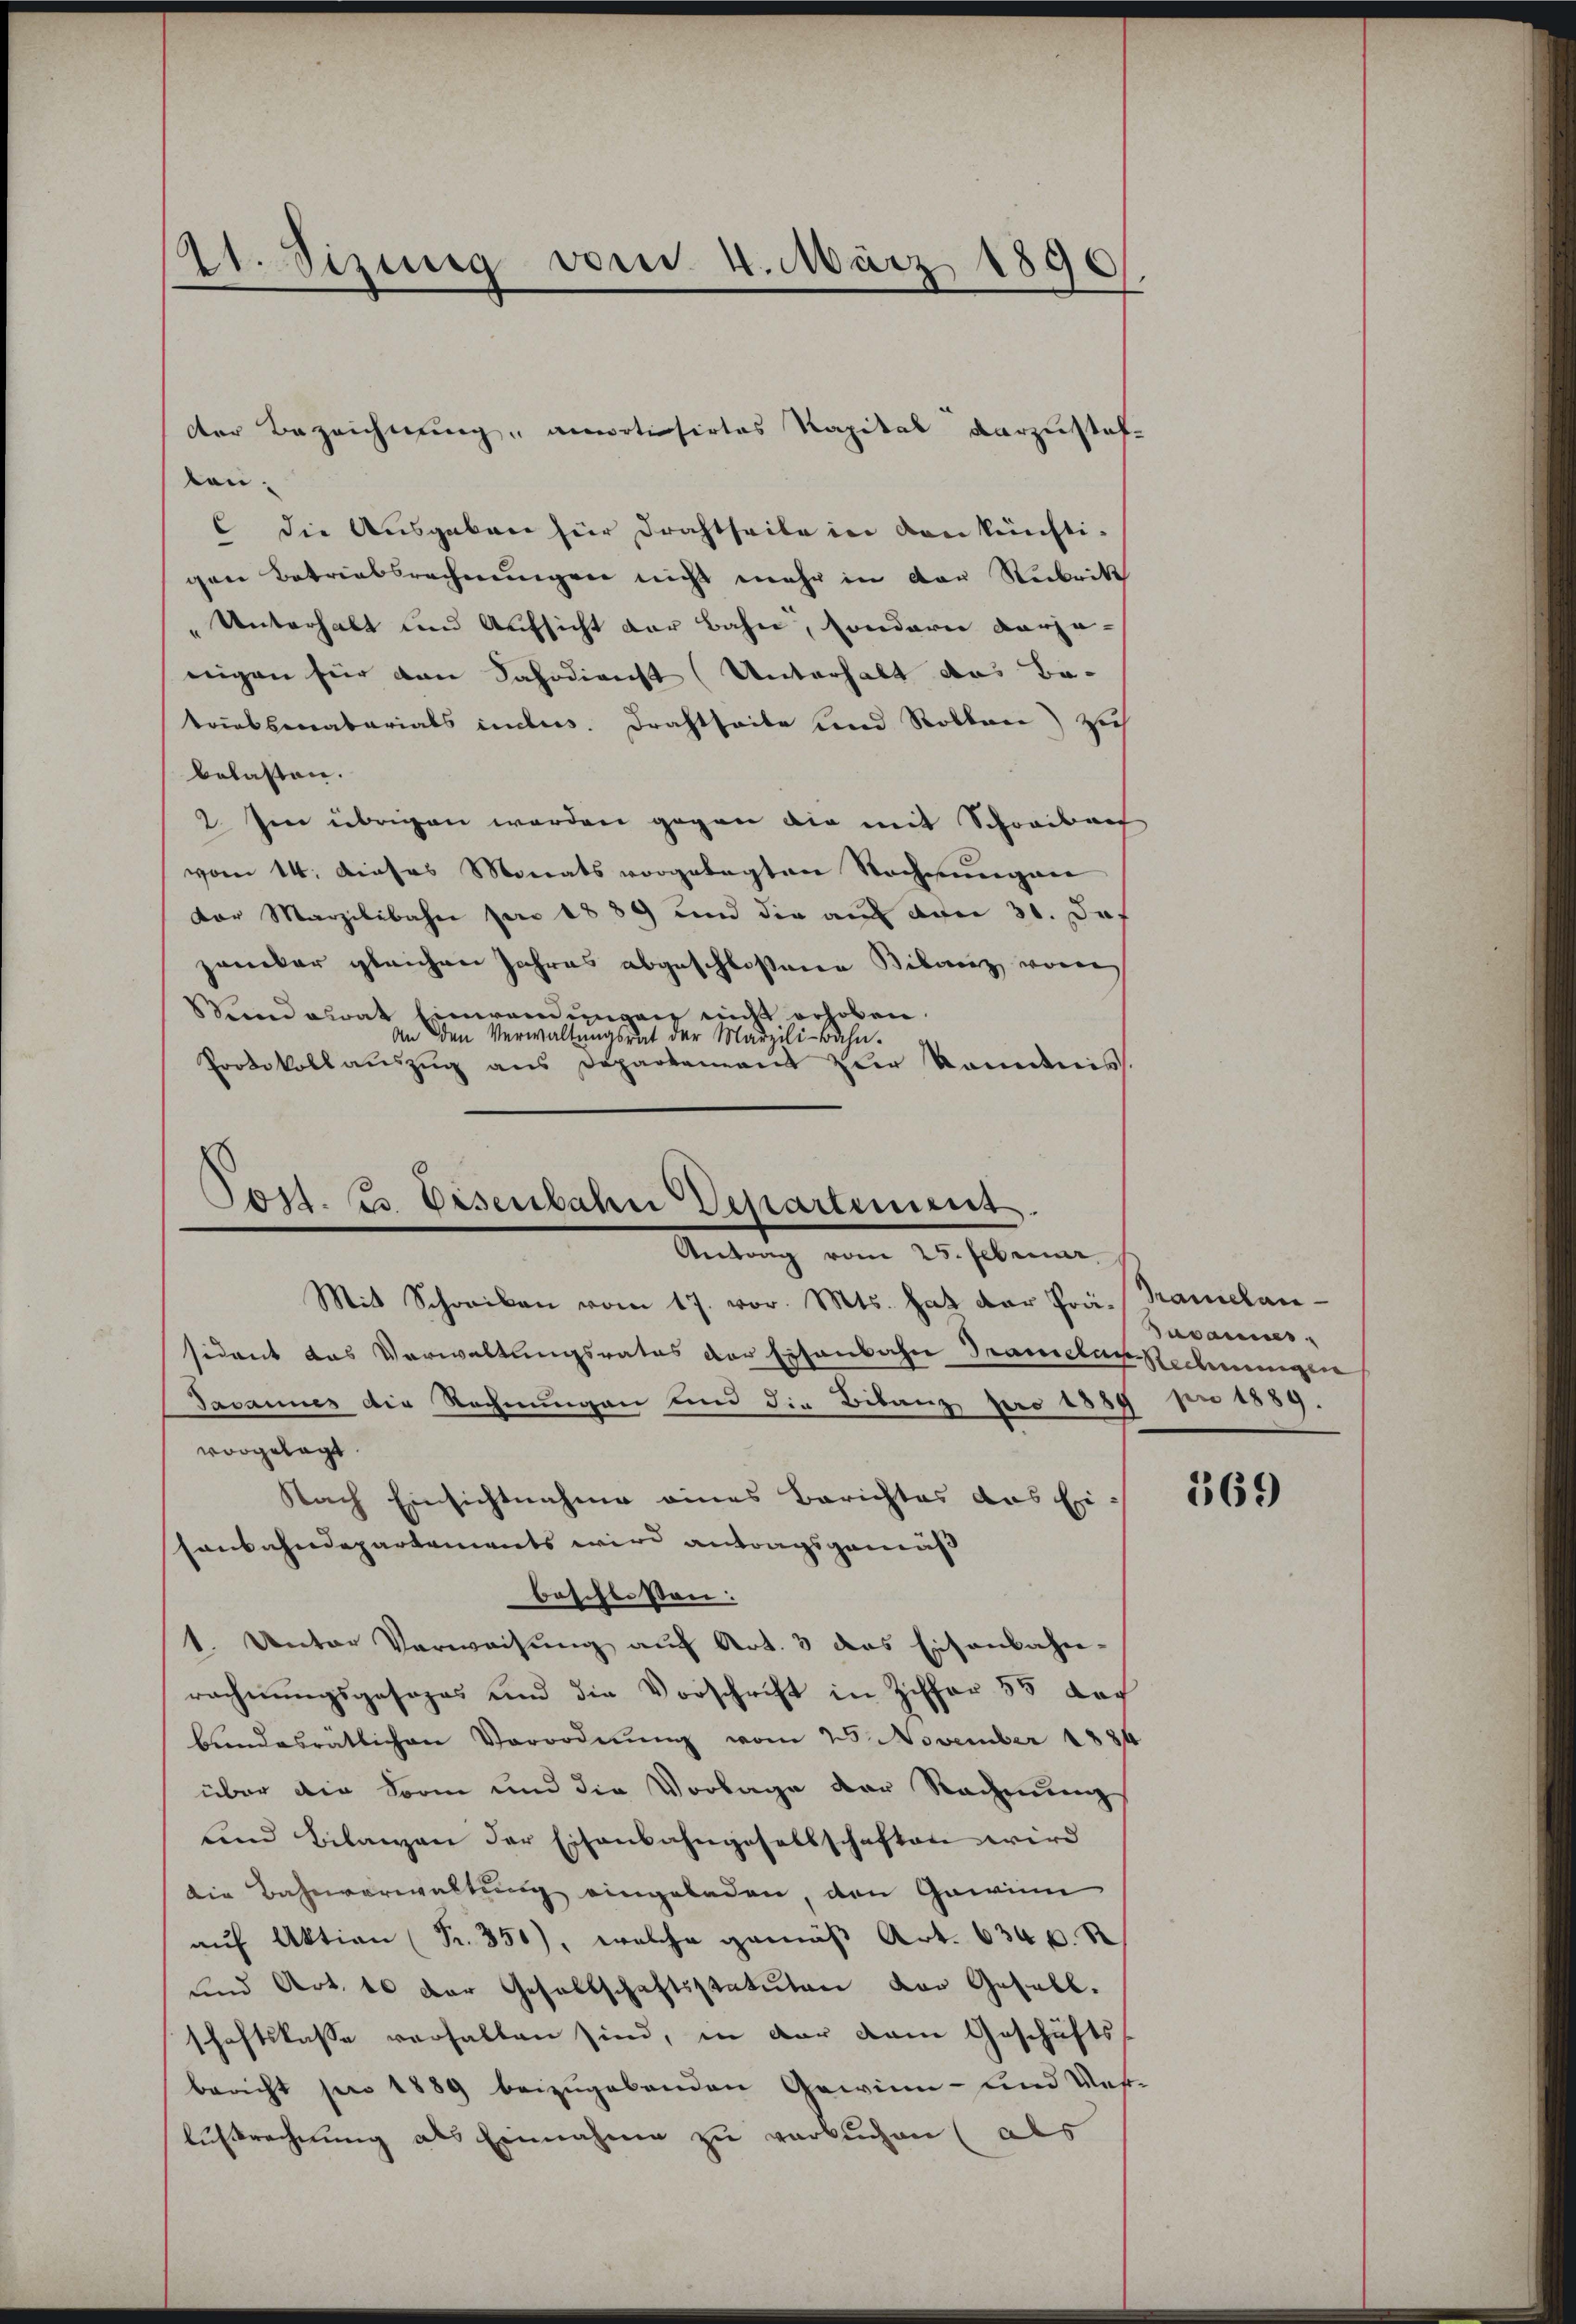
2t. Sizung vom 4. März 1896

der Bezeichnung, anvotisirtes Kapital darzustaf-
kon.
c die Ausgaben für Drahtseite in den künfti-
gen Betriebsrechnungen nicht mehr in der Rubrik
Unterhalt und Aufsicht der Bahn, sondern vorzu-
nigen für den Fahndienst (Unterhalt das Be-
trinkenabarials indes. Drahtheile und Rollen) zuh
belasten.
2. Im übrigen werden gegen die mit Schreibach
vom 14. dieses Monats vorgelegten Rechnungen
dor Marzilibahn per 1889 und die auf der 30. Das
zaniker gleichen Jahres abgeschloßene Bilanz von
Sandalrat Einwendungen nicht erhoben.
in den Verwaltŭngsrat der Marzili-Bahn.
Protokollaŭszŭg ans Departement zur kanntnis.

Toss. Es Eisenbahn Departement.
Antrag vom 25. Februar
Mit Schreiben vom 17. vor. Mts. hat der Prä- Tramelan¬

sident das Verwaltungsrates der Eisenbahn Tramelar Rechnungen
Javannes die Rechnungen und die Bilanz pro 1889 pro 1889.
vorgelegt
Nach Einsichtnahme eines Berichtes das Ei
sonbahndepartements wird antragsgemäß
beschlossen:
1. Unter Verweisŭng auf Art. 3 das Eisenbahn-
rechnungsgesages und die Vorschrift in Ziffer 55 doch
bendesrätlichen Verordnŭng vom 25. November 1884
über die Form und die Vorlage der Rechnung
und Bilanzen der Eisenbahngesellschaften wird
die Bahnverwaltung eingeladen, den Gewinn
auf Aktion Fr. 350), welche gemäß Art. 634 f. S
und Art. 10 der Gesellschaftsstatuten der Gesell.
schaftskasse verhalten sind, in der dem Geschäfts
bericht pro 1889 beizugebenden Gewinn- und Wese
Aussrechnung als Einnahme zu verbuchen (als

Susannes.

369